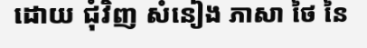
ដោយ ជុំវិញ សំនៀង ភាសា ថៃ នៃ